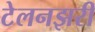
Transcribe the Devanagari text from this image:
टेलनझरी